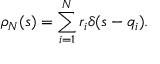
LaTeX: \rho _ { N } ( s ) = \sum _ { i = 1 } ^ { N } r _ { i } \delta ( s - q _ { i } ) .